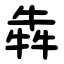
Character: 犇